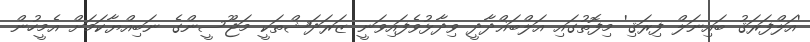
'އަލްފަރަޤު ބައިނަލް ފިރަޤި' މިފޮތުގައި އަލްބަޣްދާދީ ވިދާޅުވެފައިވަނީ ޒަރަދަޝްތަކީ މަޖޫސީންގެ ނަބިއްޔާކަމަށް އެމީހުން